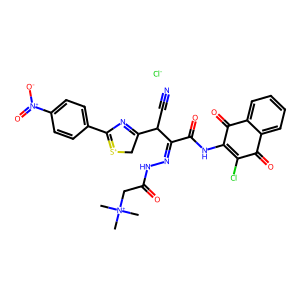
SMILES: C[N+](C)(C)CC(=O)NN=C(C(=O)NC1=C(Cl)C(=O)c2ccccc2C1=O)C(C#N)C1=NC(c2ccc([N+](=O)[O-])cc2)=[S+]C1.[Cl-]
Inhibits HIV replication: No